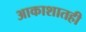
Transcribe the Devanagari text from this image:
आकाशातही